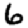
Digit: 6